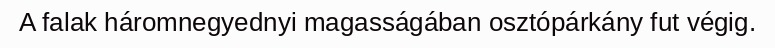
A falak háromnegyednyi magasságában osztópárkány fut végig.